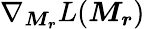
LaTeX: \nabla_{\boldsymbol{M_{r}}}L(\boldsymbol{M_{r}})